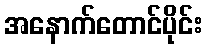
အနောက်တောင်ပိုင်း